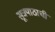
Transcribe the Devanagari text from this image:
सूत्रपाठाची